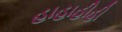
હાહાહીહી